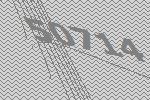
50714